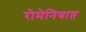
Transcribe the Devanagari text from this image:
रोमेनियात